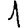
Digit: 1